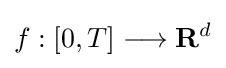
f:[0,T]\longrightarrow \mathbf {R} ^{d}